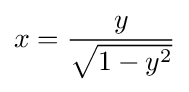
x={\frac {y}{\sqrt {1-y^{2}}}}